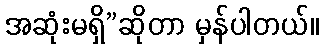
အဆုံးမရှိ”ဆိုတာ မှန်ပါတယ်။